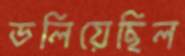
ডলিয়েছিল